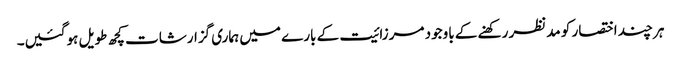
ہر چند اختصار کو مدنظر رکھنے کے باوجود مرزائیت کے بارے میں ہماری گزارشات کچھ طویل ہوگئیں۔